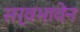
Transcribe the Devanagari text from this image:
सर्वभावेन